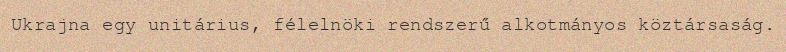
Ukrajna egy unitárius, félelnöki rendszerű alkotmányos köztársaság.